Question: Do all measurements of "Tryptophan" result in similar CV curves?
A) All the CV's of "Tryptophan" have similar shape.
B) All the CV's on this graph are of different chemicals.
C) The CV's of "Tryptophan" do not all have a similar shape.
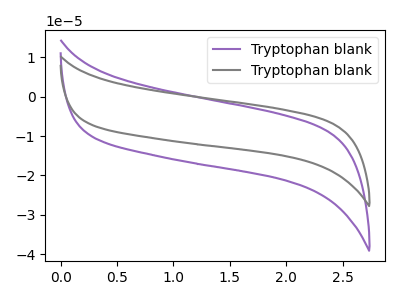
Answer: <think>The purple curve "Tryptophan blank1" has no peaks. The gray curve "Tryptophan blank2" has no peaks.
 Neither "Tryptophan blank1" or "Tryptophan blank2" have any peaks.</think>
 <answer>A) All the CV's of "Tryptophan" have similar shape.</answer>
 <eval>A</eval>